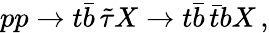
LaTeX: pp\to t\bar{b}\, \tilde{\tau}X\to t\bar{b}\, \bar{t}bX\, ,